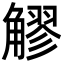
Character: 䚧